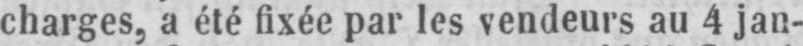
charges, a été fixée par les vendeurs au 4 jan-